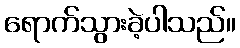
ရောက်သွားခဲ့ပါသည်။